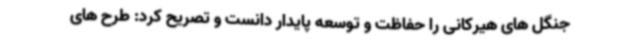
جنگل های هیرکانی را حفاظت و توسعه پایدار دانست و تصریح کرد: طرح های